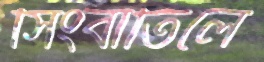
সিংবাতিলে